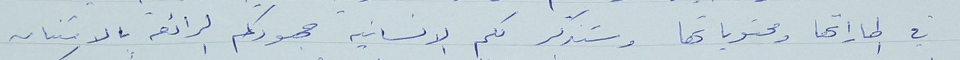
في اطاراتها ومحتوياتها وستذكر لكم الانسانيه جهودكم الرائعه بالامتنان